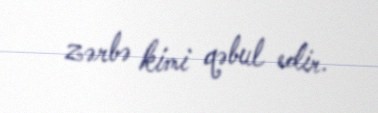
zərbə kimi qəbul edir.